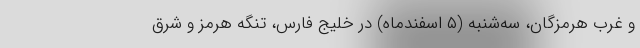
و غرب هرمزگان، سه‌شنبه (۵ اسفندماه) در خلیج فارس، تنگه هرمز و شرق